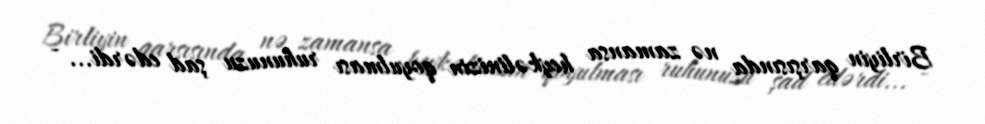
Birliyin qarşısında nə zamansa heykəlinizin qoyulması ruhunuzu şad edərdi... -